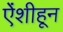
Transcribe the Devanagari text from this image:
ऐंशीहून